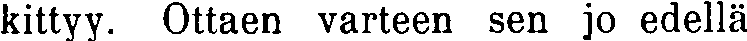
kittyy. Ottaen varteen sen jo edellä